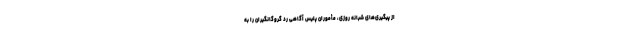
از پیگیری‌های شبانه روزی، مأموران پلیس آگاهی رد گروگانگیران را به